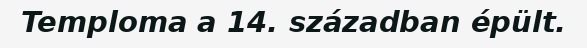
Temploma a 14. században épült.